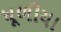
ધૂળીયા